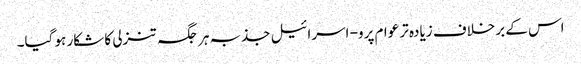
اس کے برخلاف زیادہ تر عوام پرو- اسرائیل جذبہ ہر جگہ تنزلی کا شکار ہو گیا۔